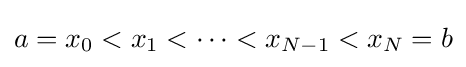
a=x_{0}<x_{1}<\cdots <x_{N-1}<x_{N}=b